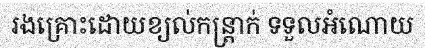
រងគ្រោះដោយខ្យល់កន្ត្រាក់ ទទួលអំណោយ